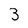
Character: 3